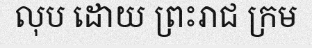
លុប ដោយ ព្រះរាជ ក្រម